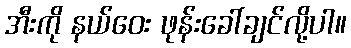
အီးကို နယ်ဝေး ဖုန်းခေါ်ချင်လို့ပါ။